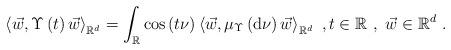
LaTeX: \begin{align*}\left\langle \vec{w},\Upsilon \left( t\right) \vec{w}\right\rangle _{\mathbb{R}^{d}}=\int\nolimits_{\mathbb{R}}\cos \left( t\nu \right) \left\langle \vec{w},\mu _{\Upsilon }\left( \mathrm{d}\nu \right) \vec{w}\right\rangle _{\mathbb{R}^{d}}\ ,t\in \mathbb{R}\ ,\ \vec{w}\in \mathbb{R}^{d}\ .\end{align*}